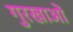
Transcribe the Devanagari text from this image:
गुरखाओं